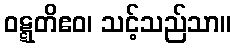
ဝဋ္ဋတိဧဝ၊ သင့်သည်သာ။